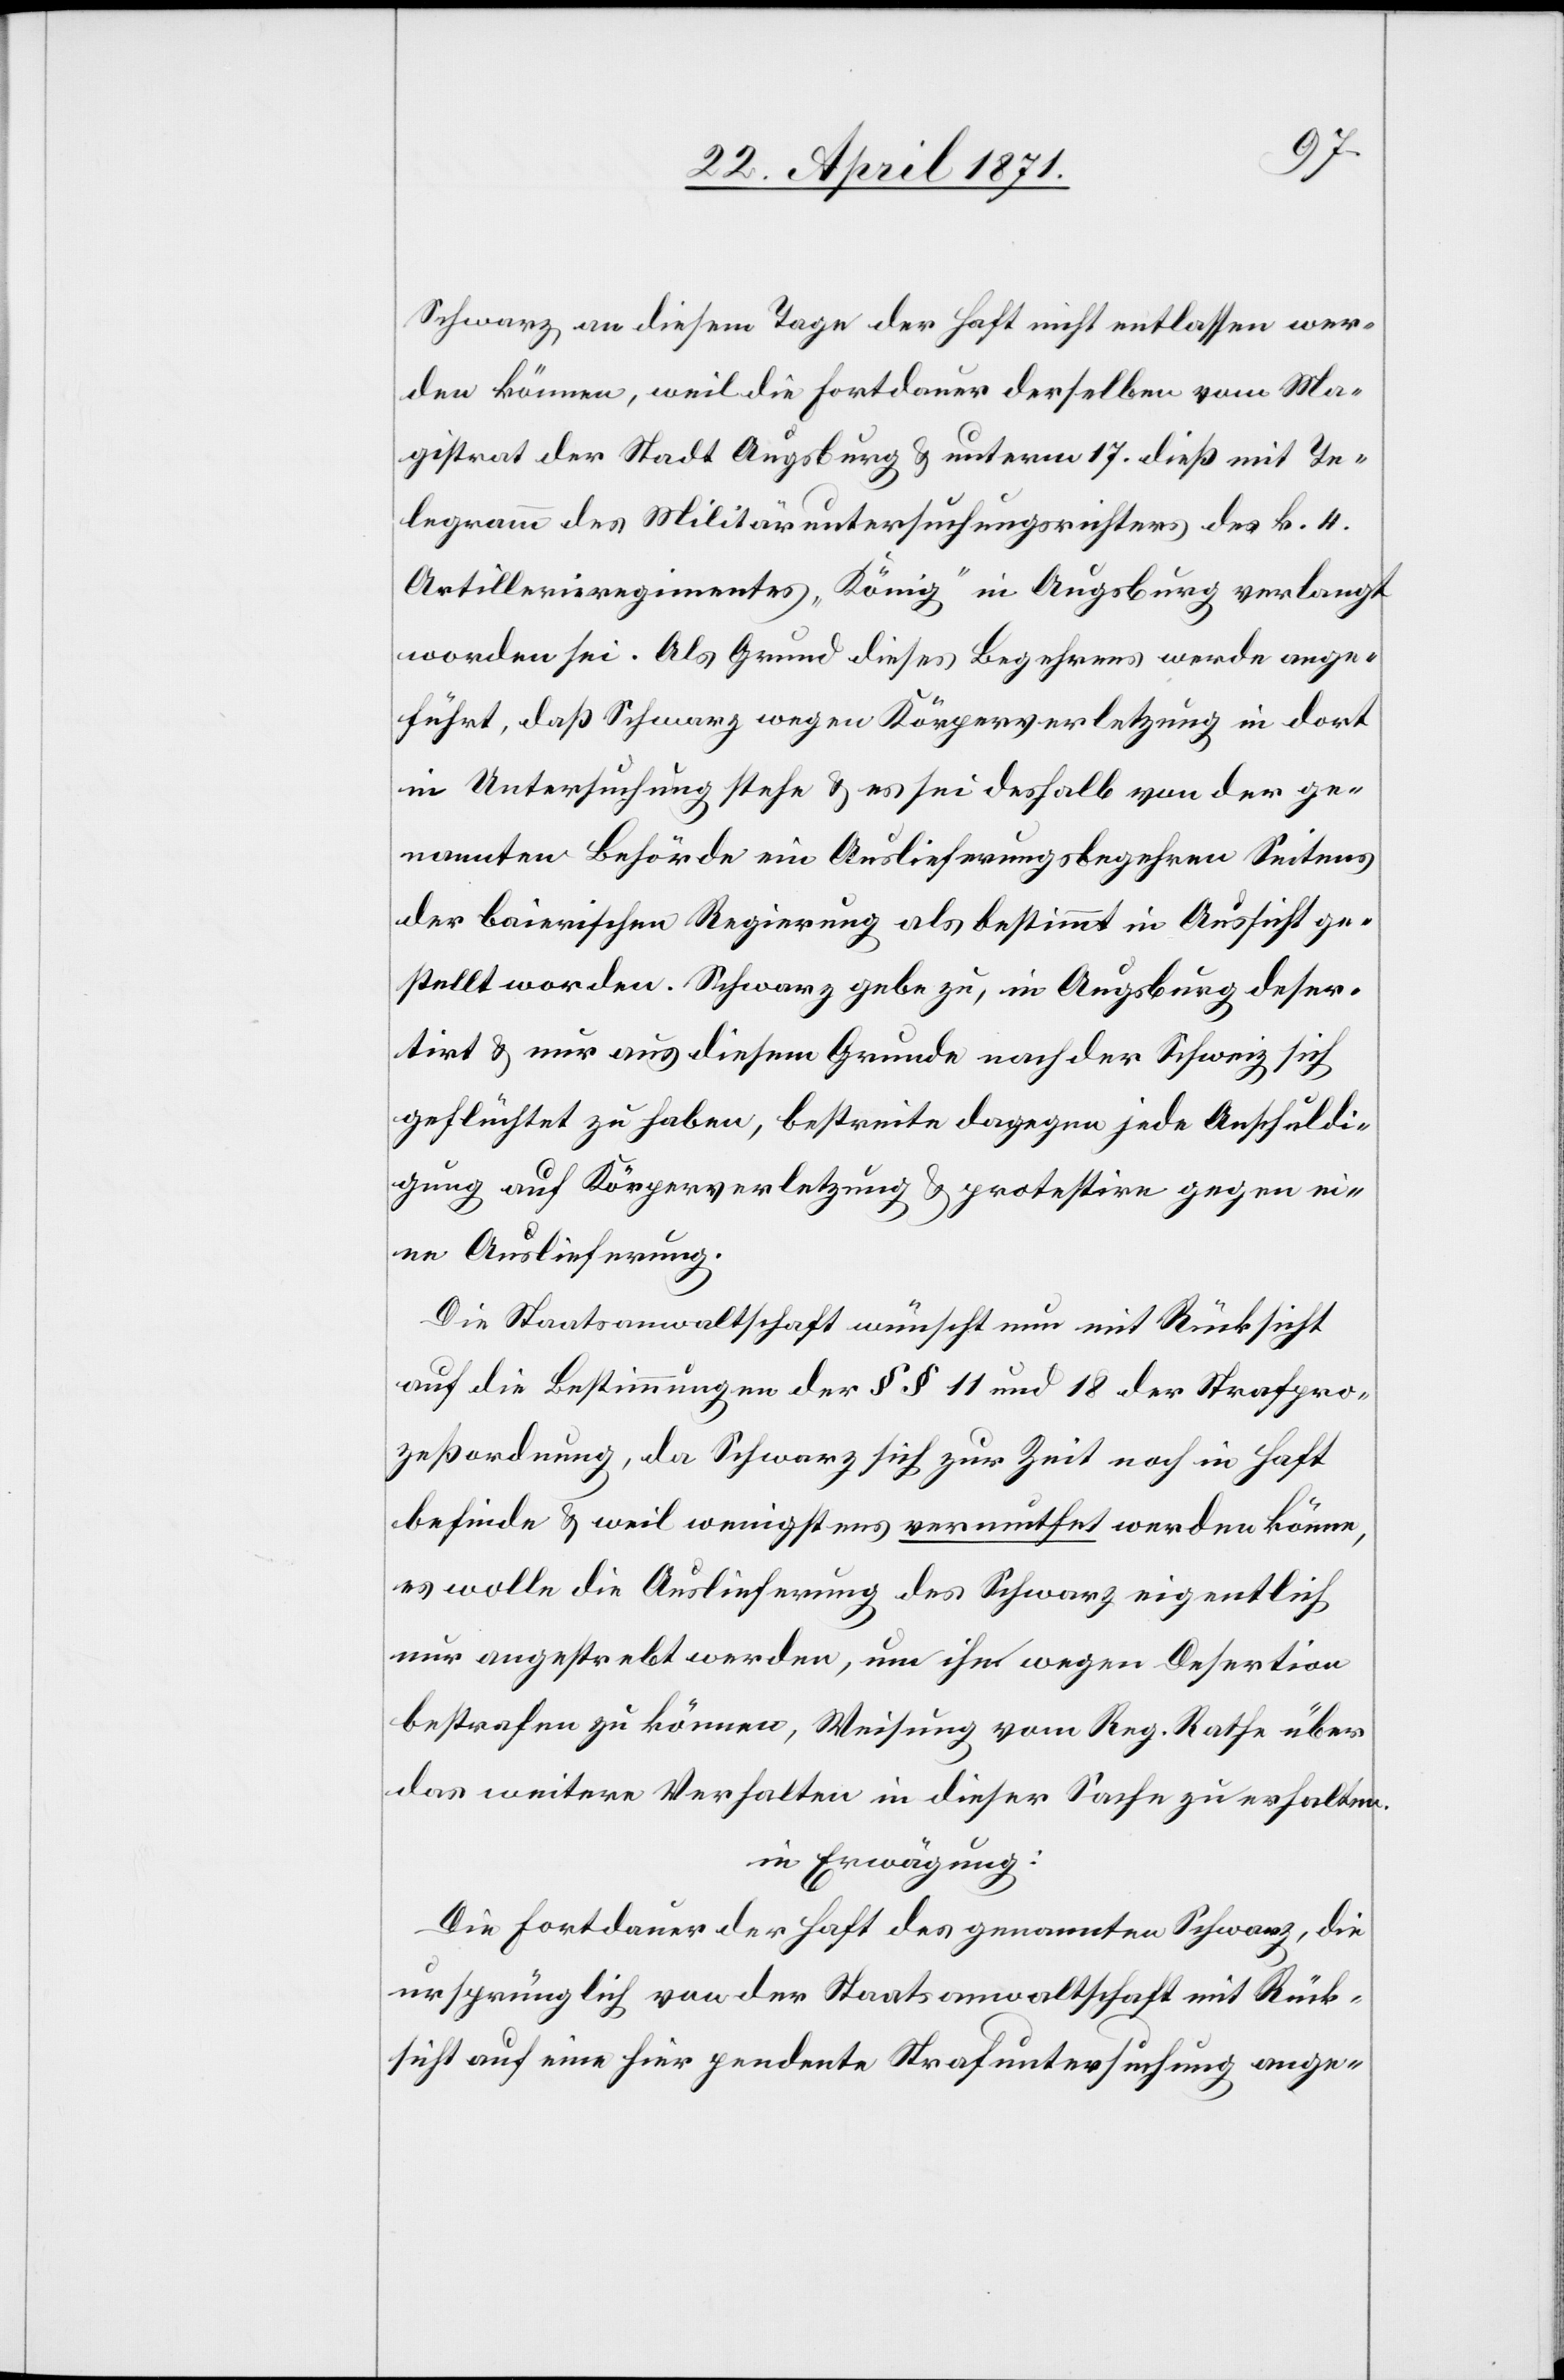
Schwarz an diesem Tage der Haft nicht entlassen wer¬
den können, weil die Fortdauer derselben vom Ma¬
gistrat der Stadt Augsburg u. unterm 17. dieß mit Te¬
legramm des Militäruntersuchungsrichters des k. 4.
Artillerieregimentes „König“ in Augsburg verlangt
worden sei. Als Grund dieses Begehrens werde ange¬
führt, daß Schwarz wegen Körperverletzung in dort
in Untersuchung stehe u. es sei deshalb von der ge¬
nannten Behörde ein Auslieferungsbegehren Seitens
der baierischen Regierung als bestimmt in Aussicht ge¬
stellt worden. Schwarz gebe zu, in Augsburg deser¬
tirt u. nur aus diesem Grunde nach der Schweiz sich
geflüchtet zu haben, bestreite dagegen jede Anschuldi¬
gung auf Körperverletzung u. protestire gegen ei¬
ne Auslieferung.
Die Staatsanwaltschaft wünscht mit Rücksicht
auf die Bestimmungen der §§ 11 und 18 der Strafpro¬
zeßordnung, da Schwarz sich zur Zeit noch in Haft
befinde u. weil wenigstens vermuthet werden könne,
es wolle die Auslieferung des Schwarz eigentlich
nur angestrebt werden, um ihn wegen Desertion
bestrafen zu können, Weisung vom Reg. Rathe über
das weitere Verhalten in dieser Sache zu erhalten.
in Erwägung:
Die Fortdauer der Haft des genannten Schwarz, die
ursprünglich von der Staatsanwaltschaft mit Rück¬
sicht auf eine hier pendente Strafuntersuchung ange-